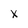
Character: x